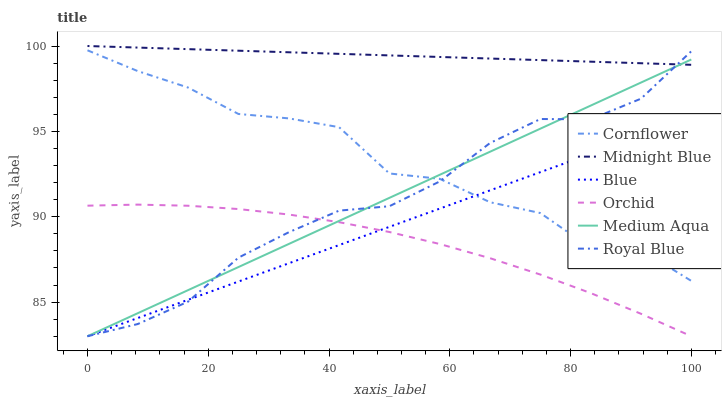
| xaxis_label | Cornflower | Midnight Blue | Blue | Orchid | Medium Aqua | Royal Blue |
 | --- | --- | --- | --- | --- | --- | --- |
 | 0 | 99.7 | 100 | 83 | 90.6 | 83 | 83 |
 | 8.33 | 98.5 | 99.9 | 84.1 | 90.7 | 84.4 | 83.7 |
 | 16.7 | 97.6 | 99.8 | 85.1 | 90.6 | 85.7 | 85 |
 | 25 | 96 | 99.7 | 86.2 | 90.5 | 87.1 | 87.6 |
 | 33.3 | 95.8 | 99.6 | 87.3 | 90.1 | 88.4 | 89.1 |
 | 41.7 | 95.2 | 99.5 | 88.3 | 89.7 | 89.8 | 90.4 |
 | 50 | 92.5 | 99.4 | 89.4 | 89.1 | 91.1 | 90.6 |
 | 58.3 | 92.2 | 99.4 | 90.5 | 88.4 | 92.5 | 92.1 |
 | 66.7 | 90.9 | 99.3 | 91.5 | 87.6 | 93.8 | 94.3 |
 | 75 | 90.2 | 99.2 | 92.6 | 86.6 | 95.2 | 95.7 |
 | 83.3 | 88.2 | 99.1 | 93.7 | 85.5 | 96.5 | 95.7 |
 | 91.7 | 88.1 | 99 | 94.7 | 84.3 | 97.9 | 96.9 |
 | 100 | 86.2 | 98.9 | 95.8 | 83 | 99.2 | 99.7 |